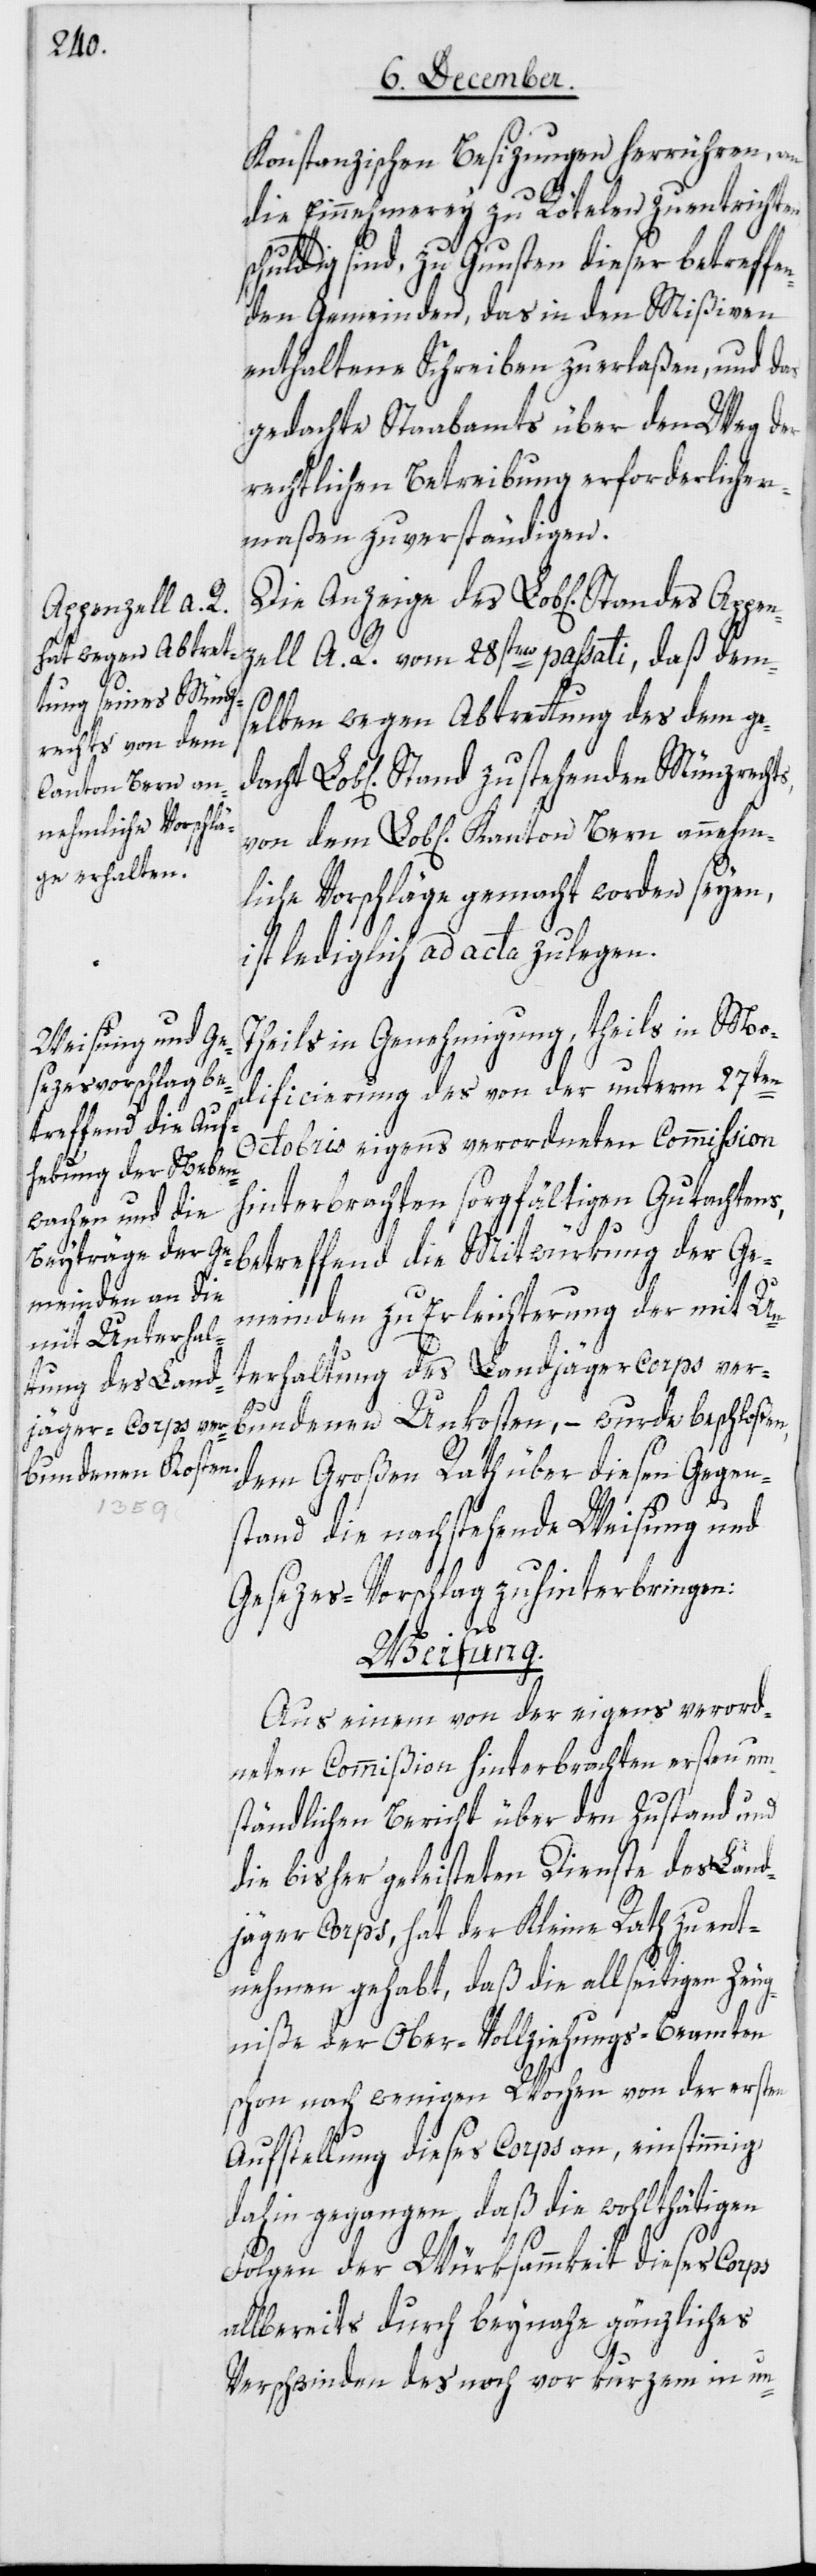
Konstanzischen Besizungen herrühren, an
die Einnehmerey zu Rötelen zu entrichten
schuldig sind, zu Gunsten dieser betreffe¬
nden Gemeinden, das in den Mißiven
enthaltene Schreiben zu erlaßen, und das
gedachte Staabamts über den Weg der
rechtlichen Betreibung erforderlicher¬
maßen zu verständigen.
Die Anzeige des Lobl. Standes Appen¬
zell A. R. vom 28sten passati, daß dem¬
selben wegen Abtretung des dem ged¬
achten Lobl. Stand zustehenden Münzrechts,
von dem Lobl. Kanton Bern annehm¬
liche Vorschläge gemacht worden seien,
ist lediglich ad acta zu legen.
Theils in Genehmigung, theils in Mo¬
dificierung des von der unterm 27ten
Octobris eigens verordneten Commißion
hinterbrachten sorgfältigen Gutachtens,
betreffend die Mitwürkung der Ge¬
meinden zu Erleichterung der mit Un¬
terhaltung des Landjäger-Corps ver¬
bundenen Unkosten, – wurde beschloßen,
dem Großen Rath über diesen Gegen¬
stand die nachstehende Weisung und
Gesezes-Vorschlag zu hinterbringen:
Weisung.
Aus einem von der eigens verord¬
neten Commißion hinterbrachten ersten um¬
ständlichen Bericht über den Zustand und
die bisher geleisteten Dienste des Land¬
jäger-Corps, hat der Kleine Rath zu ent¬
nehmen gehabt, daß die allseitigen Zeug¬
niße der Obervollziehungs-Beamten
schon nach einigen Wochen von der ersten
Aufstellung dieses Corps an, einstimmig
dahin gegangen, daß die wohlthätigen
Folgen der Würksammkeit dieses Corps
allbereits durch beinahe gänzliches
Verschwinden des noch vor Kurzem in un-